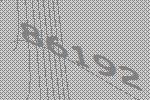
86192